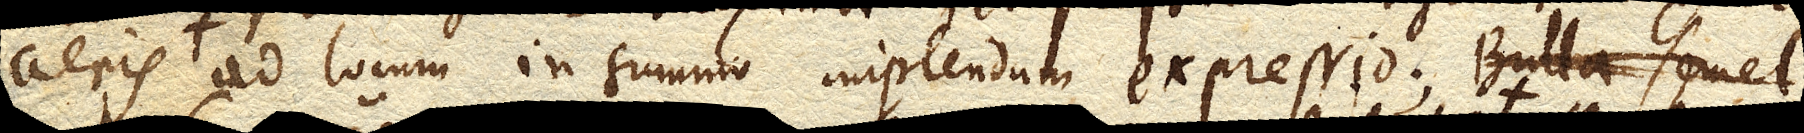
aeris ad locum in summo implendum expressio.